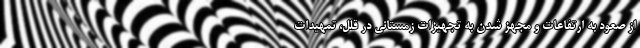
از صعود به ارتفاعات و مجهز شدن به تجهیزات زمستانی در قلل، تمهیدات